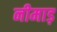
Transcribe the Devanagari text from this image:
नीमाड़